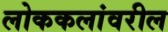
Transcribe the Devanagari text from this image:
लोककलांवरील